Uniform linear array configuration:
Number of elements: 16
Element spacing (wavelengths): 0.75
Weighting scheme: hamming
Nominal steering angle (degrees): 45
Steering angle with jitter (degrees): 44.386
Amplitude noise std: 0.05
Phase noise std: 0.05

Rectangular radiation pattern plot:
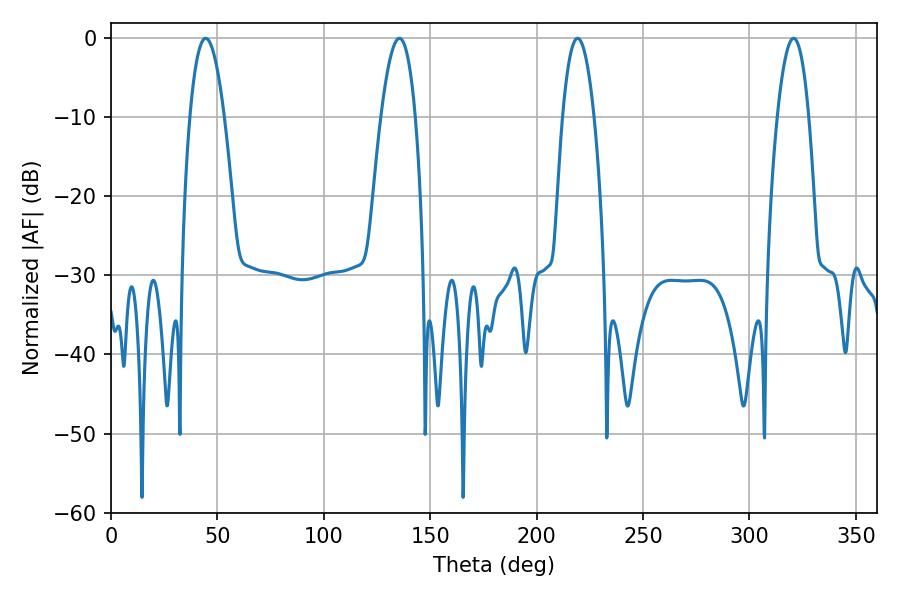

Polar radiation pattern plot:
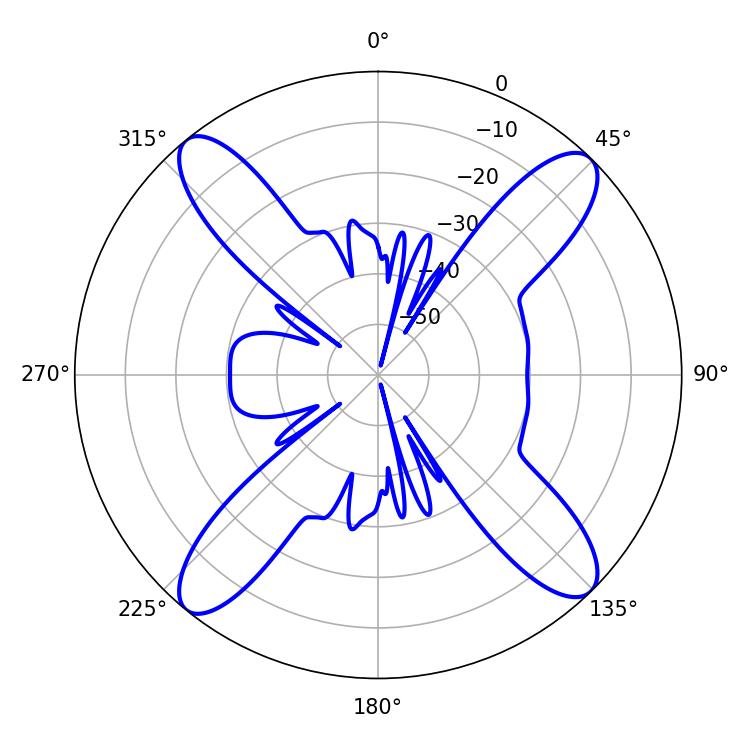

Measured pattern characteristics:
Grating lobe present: TRUE
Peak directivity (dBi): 16.814
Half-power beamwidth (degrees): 8.1
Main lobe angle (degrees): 320.76